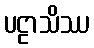
ပဠာသိဿ